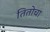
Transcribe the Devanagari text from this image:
तितोचा